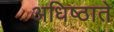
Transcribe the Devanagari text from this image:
अधिष्ठाते